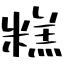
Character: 糕